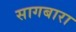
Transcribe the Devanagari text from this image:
सागबारा